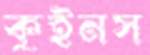
কুইনস